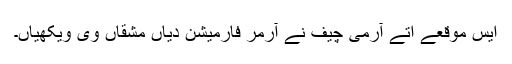
ایس موقعے اُتے آرمی چیف نے آرمر فارمیشن دیاں مشقاں وی ویکھیاں۔